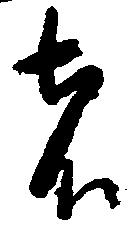
者